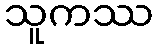
သူကဿ